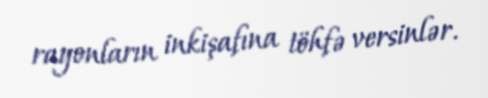
rayonların inkişafına töhfə versinlər.